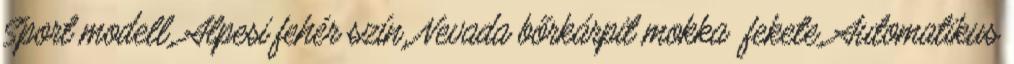
Sport modell, Alpesi fehér szín, Nevada bőrkárpit mokka fekete, Automatikus